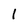
Character: l